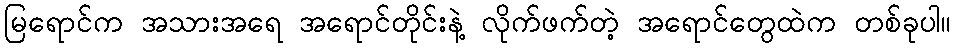
မြရောင်က အသားအရေ အရောင်တိုင်းနဲ့ လိုက်ဖက်တဲ့ အရောင်တွေထဲက တစ်ခုပါ။